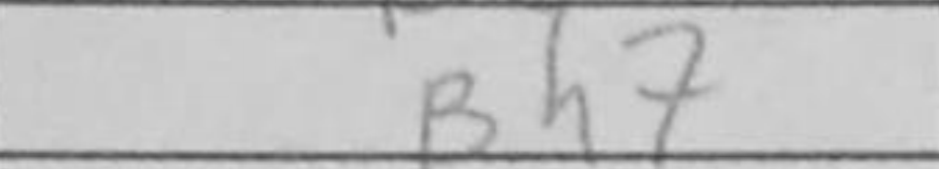
Transcription: Bh7